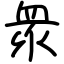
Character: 衆